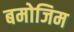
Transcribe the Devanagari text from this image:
बमोजिम